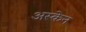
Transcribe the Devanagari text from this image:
अस्केन